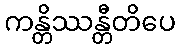
ကန္တိဿန္တီတိပေ